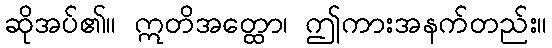
ဆိုအပ်၏။ ဣတိအတ္ထော၊ ဤကားအနက်တည်း။